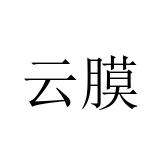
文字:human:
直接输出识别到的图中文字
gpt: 云膜